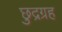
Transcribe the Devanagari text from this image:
छुद्रग्रह